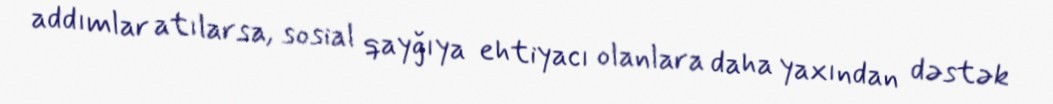
addımlar atılarsa, sosial qayğıya ehtiyacı olanlara daha yaxından dəstək